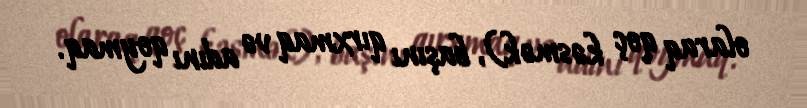
olaraq qoç kəsmək), başını qırxmaq və adını qoymaq.